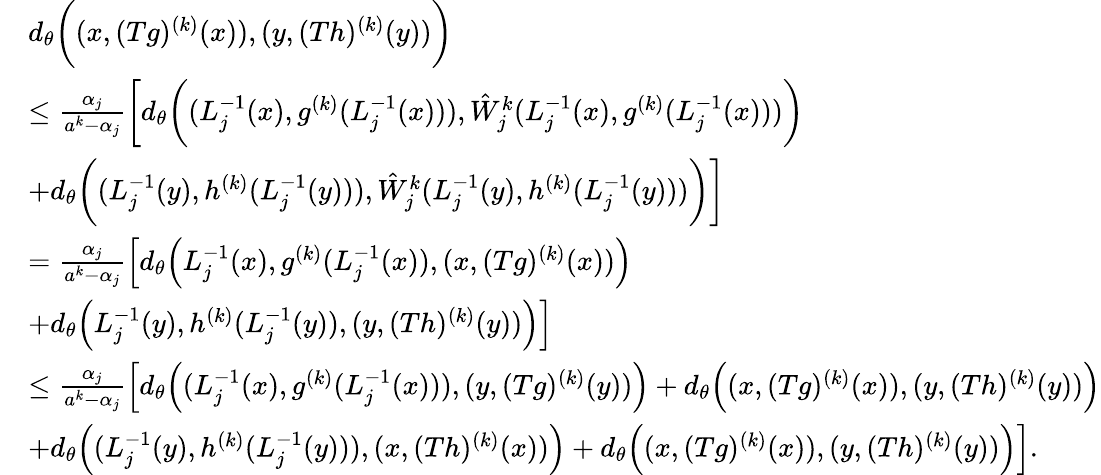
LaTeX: \begin{array}{rl}&{d_{\theta}\bigg((x,(Tg)^{(k)}(x)),(y,(Th)^{(k)}(y))\bigg)}\\ &{\le\frac{\alpha_{j}}{a^{k}-\alpha_{j}}\bigg[d_{\theta}\bigg((L_{j}^{-1}(x),g^{(k)}(L_{j}^{-1}(x))),\hat{W}_{j}^{k}(L_{j}^{-1}(x),g^{(k)}(L_{j}^{-1}(x)))\bigg)}\\ &{+d_{\theta}\bigg((L_{j}^{-1}(y),h^{(k)}(L_{j}^{-1}(y))),\hat{W}_{j}^{k}(L_{j}^{-1}(y),h^{(k)}(L_{j}^{-1}(y)))\bigg)\bigg]}\\ &{=\frac{\alpha_{j}}{a^{k}-\alpha_{j}}\Big[d_{\theta}\Big(L_{j}^{-1}(x),g^{(k)}(L_{j}^{-1}(x)),(x,(Tg)^{(k)}(x))\Big)}\\ &{+d_{\theta}\Big(L_{j}^{-1}(y),h^{(k)}(L_{j}^{-1}(y)),(y,(Th)^{(k)}(y))\Big)\Big]}\\ &{\le\frac{\alpha_{j}}{a^{k}-\alpha_{j}}\Big[d_{\theta}\Big((L_{j}^{-1}(x),g^{(k)}(L_{j}^{-1}(x))),(y,(Tg)^{(k)}(y))\Big)+d_{\theta}\Big((x,(Tg)^{(k)}(x)),(y,(Th)^{(k)}(y))\Big)}\\ &{+d_{\theta}\Big((L_{j}^{-1}(y),h^{(k)}(L_{j}^{-1}(y))),(x,(Th)^{(k)}(x))\Big)+d_{\theta}\Big((x,(Tg)^{(k)}(x)),(y,(Th)^{(k)}(y))\Big)\Big].}\end{array}